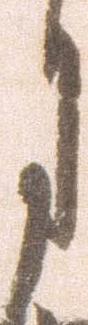
月